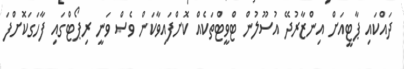
ދައްކައި ޕާޓީއަށް އިންޒާރުދޭ އުސޫލުން ޓްވީޓްތަކެއް ކޮށްފައިވާކަން ވެސް ވަނީ ރިޕޯޓްގައި ފާހަގަކޮށްފަ